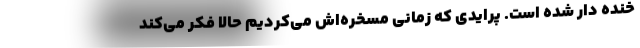
خنده دار شده است. پرایدی که زمانی مسخره‌اش می‌کردیم حالا فکر می‌کند